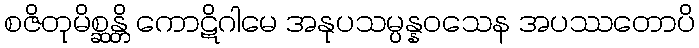
စဇိတုမိစ္ဆန္တိ ကောဋိဂါမေ အနုပသမ္ပန္နဝသေန အပဿတောပိ